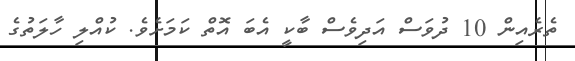
ތެރެއިން 10 ދުވަސް އަދިވެސް ބާކީ އެބަ އޮތް ކަމަށެވެ. ކުއްލި ހާލަތުގެ